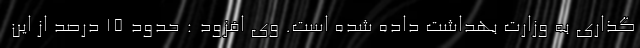
گذاری به وزارت بهداشت داده شده است. وی افزود : حدود ۱۵ درصد از این